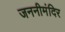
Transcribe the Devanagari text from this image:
जननीमंदिर